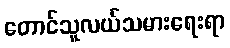
တောင်သူလယ်သမားရေးရာ